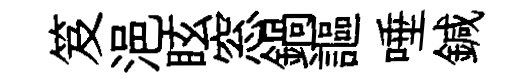
笈浥眩窓鍋謳唾鍼